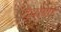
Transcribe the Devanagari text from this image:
देवाणा